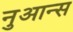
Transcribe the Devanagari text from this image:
नुआन्स